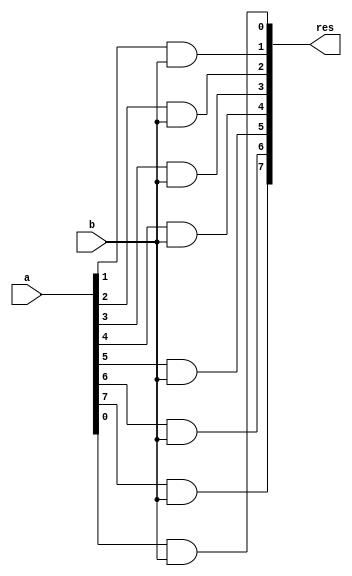


module PPG(res, a, b);

input [7:0] a;
input b;
output [7:0] res;

and and0(res[0], a[0], b);
and and1(res[1], a[1], b);
and and2(res[2], a[2], b);
and and3(res[3], a[3], b);
and and4(res[4], a[4], b);
and and5(res[5], a[5], b);
and and6(res[6], a[6], b);
and and7(res[7], a[7], b);

endmodule